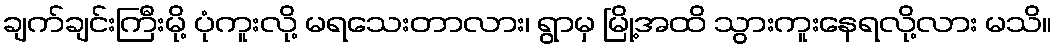
ချက်ချင်းကြီးမို့ ပုံကူးလို့ မရသေးတာလား၊ ရွာမှ မြို့အထိ သွားကူးနေရလို့လား မသိ။